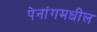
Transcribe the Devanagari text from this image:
पेनांगमधील